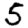
Digit: 5